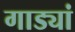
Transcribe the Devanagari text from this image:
गाड्यां